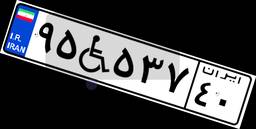
۳۳W۷۶۱۲۷